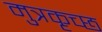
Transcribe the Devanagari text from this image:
मुत्रकृच्छ